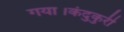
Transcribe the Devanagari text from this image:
गया।कंदुकुरी